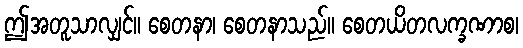
ဤအတူသာလျှင်။ စေတနာ၊ စေတနာသည်။ စေတယိတလက္ခဏာစ၊